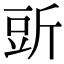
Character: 𧯞